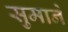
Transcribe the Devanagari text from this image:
सुमाने